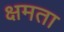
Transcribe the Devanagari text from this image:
क्षमता